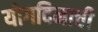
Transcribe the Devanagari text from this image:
योगदिनाची